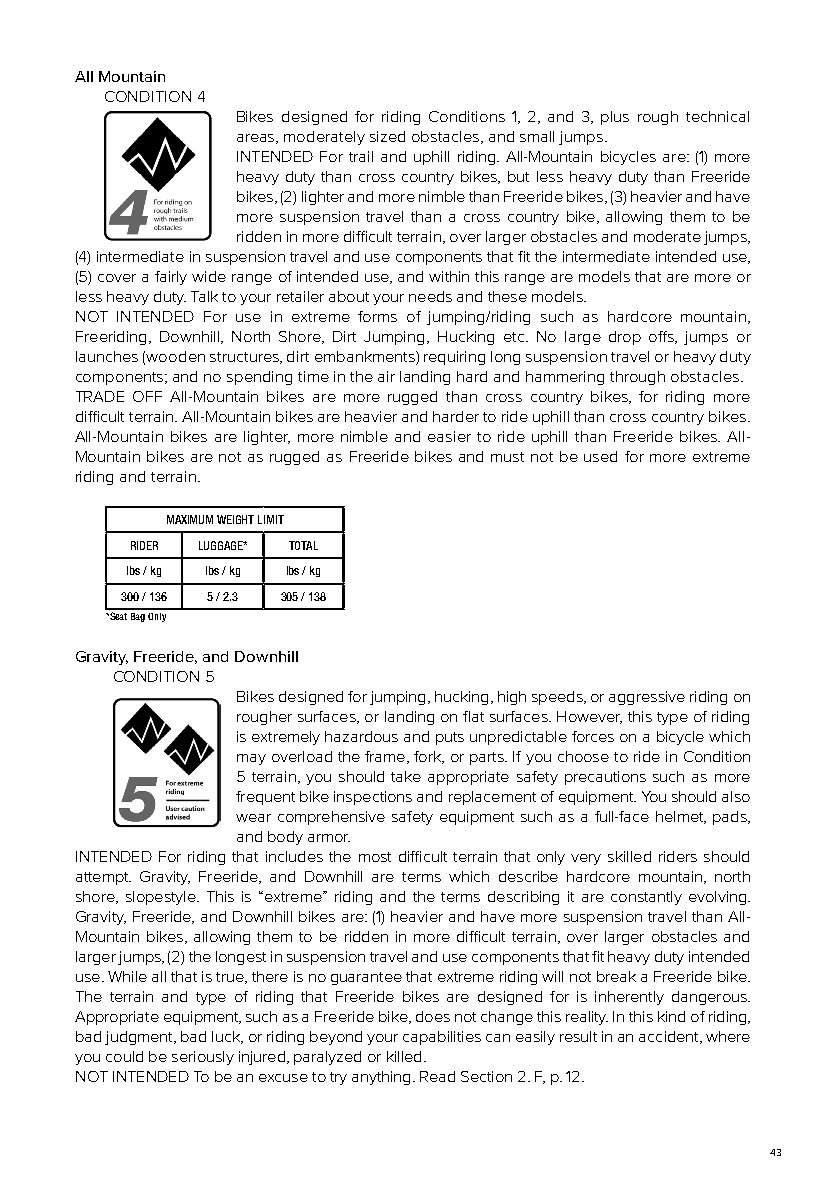
All Mountain
 CONDITION 4
 Bikes designed for riding Conditions 1, 2, and 3, plus rough technical
 areas, moderately sized obstacles, and small jumps.
 INTENDED For trail and uphill riding. All-Mountain bicycles are: (1) more
 heavy duty than cross country bikes, but less heavy duty than Freeride
 bikes, (2) lighter and more nimble than Freeride bikes, (3) heavier and have
 more suspension travel than a cross country bike, allowing them to be
 ridden in more difficult terrain, over larger obstacles and moderate jumps,
 (4) intermediate in suspension travel and use components that fit the intermediate intended use,
 (5) cover a fairly wide range of intended use, and within this range are models that are more or
 less heavy duty. Talk to your retailer about your needs and these models.
 NOT INTENDED For use in extreme forms of jumping/riding such as hardcore mountain,
 Freeriding, Downhill, North Shore, Dirt Jumping, Hucking etc. No large drop offs, jumps or
 launches (wooden structures, dirt embankments) requiring long suspension travel or heavy duty
 components; and no spending time in the air landing hard and hammering through obstacles.
 TRADE OFF All-Mountain bikes are more rugged than cross country bikes, for riding more
 difficult terrain. All-Mountain bikes are heavier and harder to ride uphill than cross country bikes.
 All-Mountain bikes are lighter, more nimble and easier to ride uphill than Freeride bikes. All-
 Mountain bikes are not as rugged as Freeride bikes and must not be used for more extreme
 riding and terrain.
 MAXIMUM WEIGHT LIMIT
 RIDER LUGGAGE* TOTAL
 lbs / kg lbs / kg lbs / kg
 300 / 136 5 / 2.3 305 / 138
 *Seat Bag Only
 Gravity, Freeride, and Downhill
 CONDITION 5
 Bikes designed for jumping, hucking, high speeds, or aggressive riding on
 rougher surfaces, or landing on flat surfaces. However, this type of riding
 is extremely hazardous and puts unpredictable forces on a bicycle which
 may overload the frame, fork, or parts. If you choose to ride in Condition
 5 terrain, you should take appropriate safety precautions such as more
 frequent bike inspections and replacement of equipment. You should also
 wear comprehensive safety equipment such as a full-face helmet, pads,
 and body armor.
 INTENDED For riding that includes the most difficult terrain that only very skilled riders should
 attempt. Gravity, Freeride, and Downhill are terms which describe hardcore mountain, north
 shore, slopestyle. This is “extreme” riding and the terms describing it are constantly evolving.
 Gravity, Freeride, and Downhill bikes are: (1) heavier and have more suspension travel than All-
 Mountain bikes, allowing them to be ridden in more difficult terrain, over larger obstacles and
 larger jumps, (2) the longest in suspension travel and use components that fit heavy duty intended
 use. While all that is true, there is no guarantee that extreme riding will not break a Freeride bike.
 The terrain and type of riding that Freeride bikes are designed for is inherently dangerous.
 Appropriate equipment, such as a Freeride bike, does not change this reality. In this kind of riding,
 bad judgment, bad luck, or riding beyond your capabilities can easily result in an accident, where
 you could be seriously injured, paralyzed or killed.
 NOT INTENDED To be an excuse to try anything. Read Section 2. F, p. 12.
 43